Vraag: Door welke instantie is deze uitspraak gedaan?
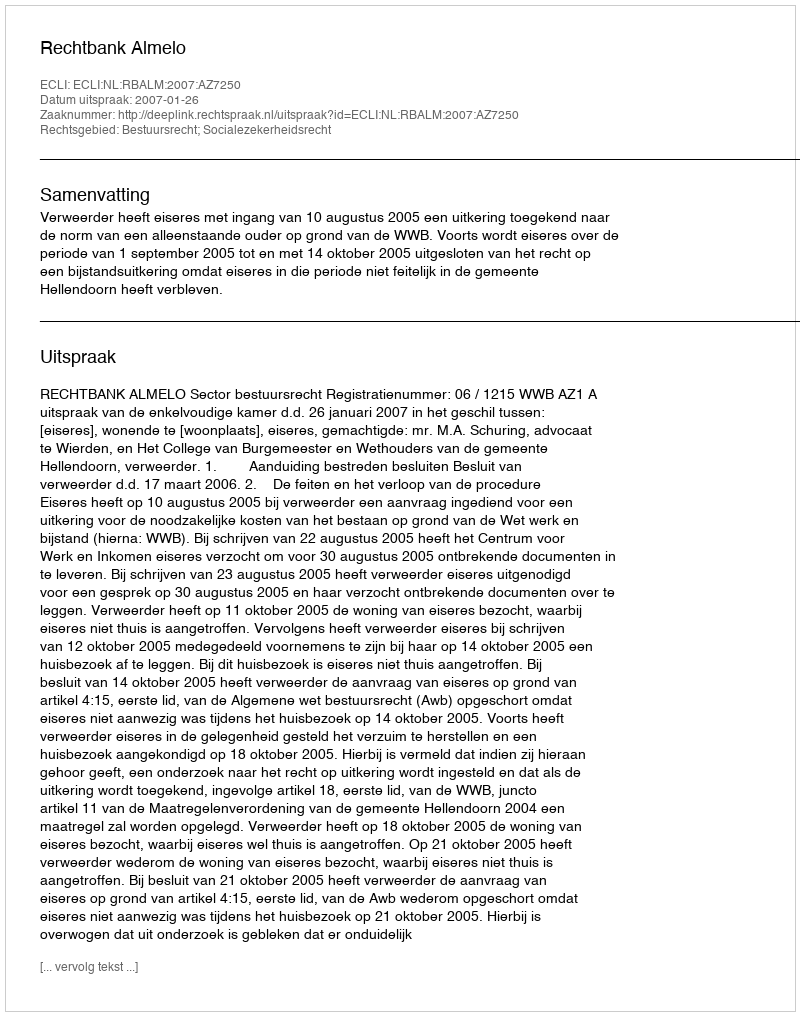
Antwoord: Rechtbank Almelo